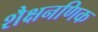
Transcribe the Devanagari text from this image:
शैक्षनणिक